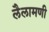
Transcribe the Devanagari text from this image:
लैलामणी